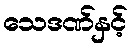
သေဒဏ်နှင့်